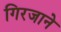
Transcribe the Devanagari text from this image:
गिरजाने